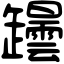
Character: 𦉡